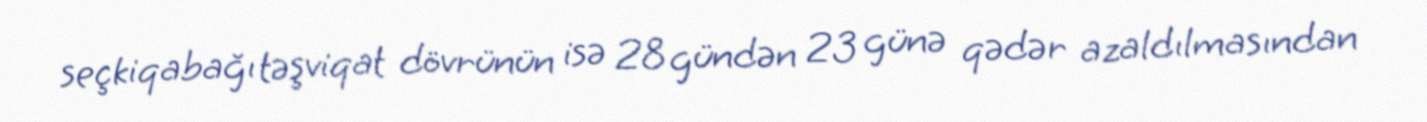
seçkiqabağı təşviqat dövrünün isə 28 gündən 23 günə qədər azaldılmasından